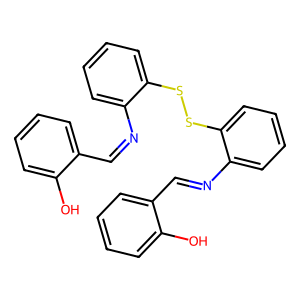
SMILES: Oc1ccccc1C=Nc1ccccc1SSc1ccccc1N=Cc1ccccc1O
Inhibits HIV replication: No